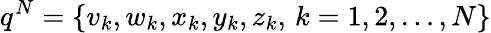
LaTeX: q^{N}=\{ v_{k},w_{k},x_{k},y_{k},z_{k},\, k=1,2,\dots,N\}